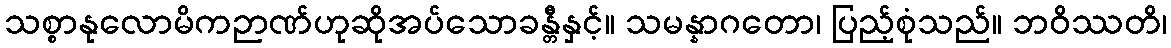
သစ္စာနုလောမိကဉာဏ်ဟုဆိုအပ်သောခန္တီနှင့်။ သမန္နာဂတော၊ ပြည့်စုံသည်။ ဘဝိဿတိ၊